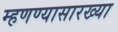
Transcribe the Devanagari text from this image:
म्हणण्यासारख्या